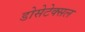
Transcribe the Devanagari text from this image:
डोसेटेक्सल